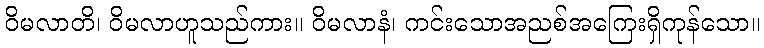
ဝိမလာတိ၊ ဝိမလာဟူသည်ကား။ ဝိမလာနံ၊ ကင်းသောအညစ်အကြေးရှိကုန်သော။